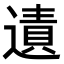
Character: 𨖊